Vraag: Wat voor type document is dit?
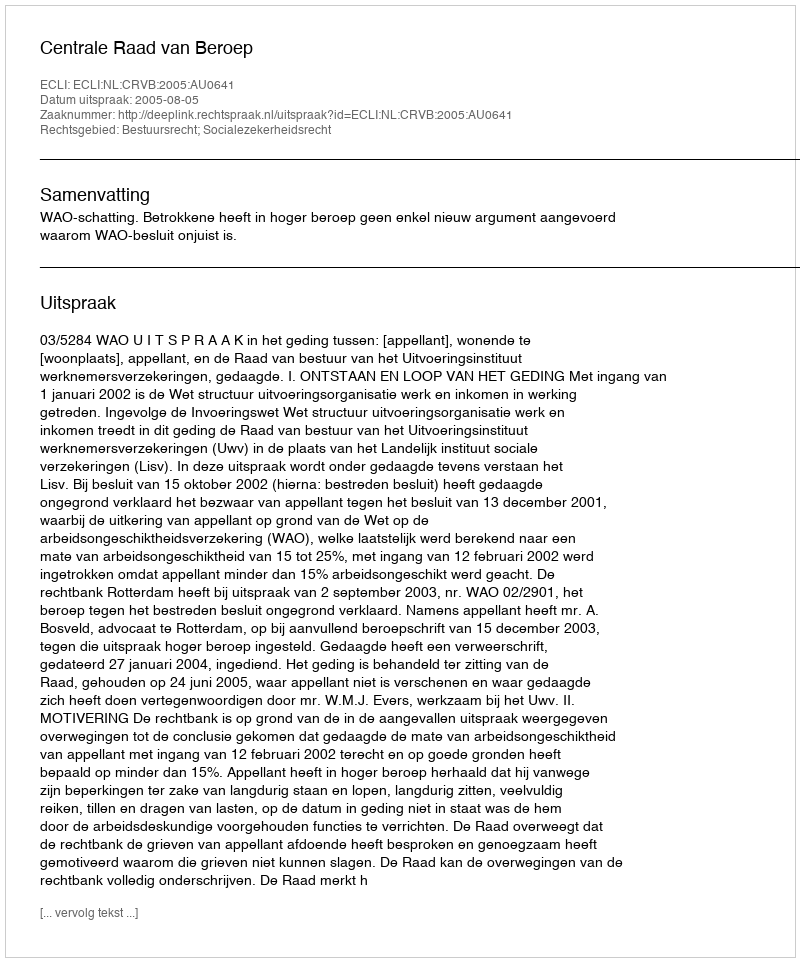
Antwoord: Uitspraak